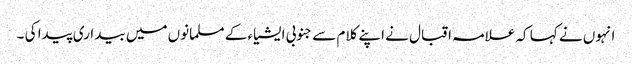
انہوں نے کہا کہ علامہ اقبال نے اپنے کلام سے جنوبی ایشیاء کے مسلمانوں میں بیداری پیدا کی ۔